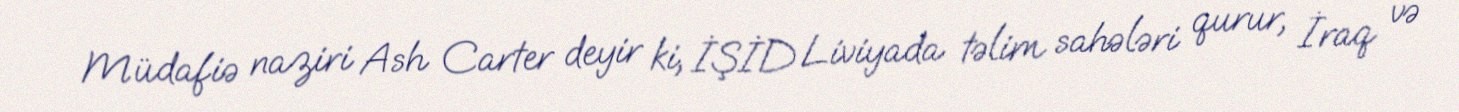
Müdafiə naziri Ash Carter deyir ki, İŞİD Liviyada təlim sahələri qurur, İraq və